Civil Veterinary Department Bihar & Orissa reports 1922-29 - 1922-1929
Year: 1922
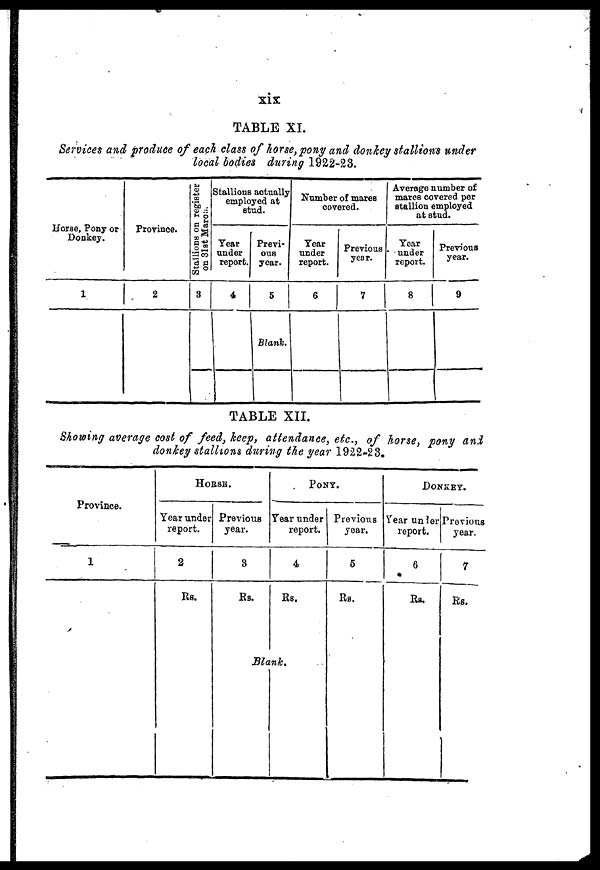
xix
TABLE XI.
Services and produce of each class of horse, pony and donkey stallions under
local bodies during 1922-23.
Horse, Pony or
Donkey.
1
Province.
2
Stallions
on register
on 31st March.
3
Stallions actually
employed at
stud.
Year
under
report.
4
Previ-
ous
year.
5
Blank.
Number of mares
covered.
Year
under
report.
6
Previous
year.
7
Average number of
marcs covered per
stallion employed
at stud.
Year
under
report.
8
Previous
year.
9
TABLE XII.
Showing average cost of feed, keep, attendance, etc., of horse, pony and
donkey stallions during the year 1922-23.
Province.
1
HORSE.
Year under
report.
2
Rs.
Previous
year.
3
Rs.
PONY.
Year under
report.
4
Rs.
Blank.
Previous
year.
5
Rs.
DONKEY.
Year under
report.
6
Rs.
Previous
year.
7
Rs.